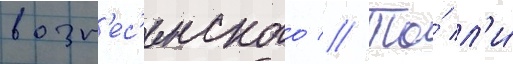
возн'ес'енского // То́ л'и́